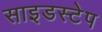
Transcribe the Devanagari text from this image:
साइडस्टेप